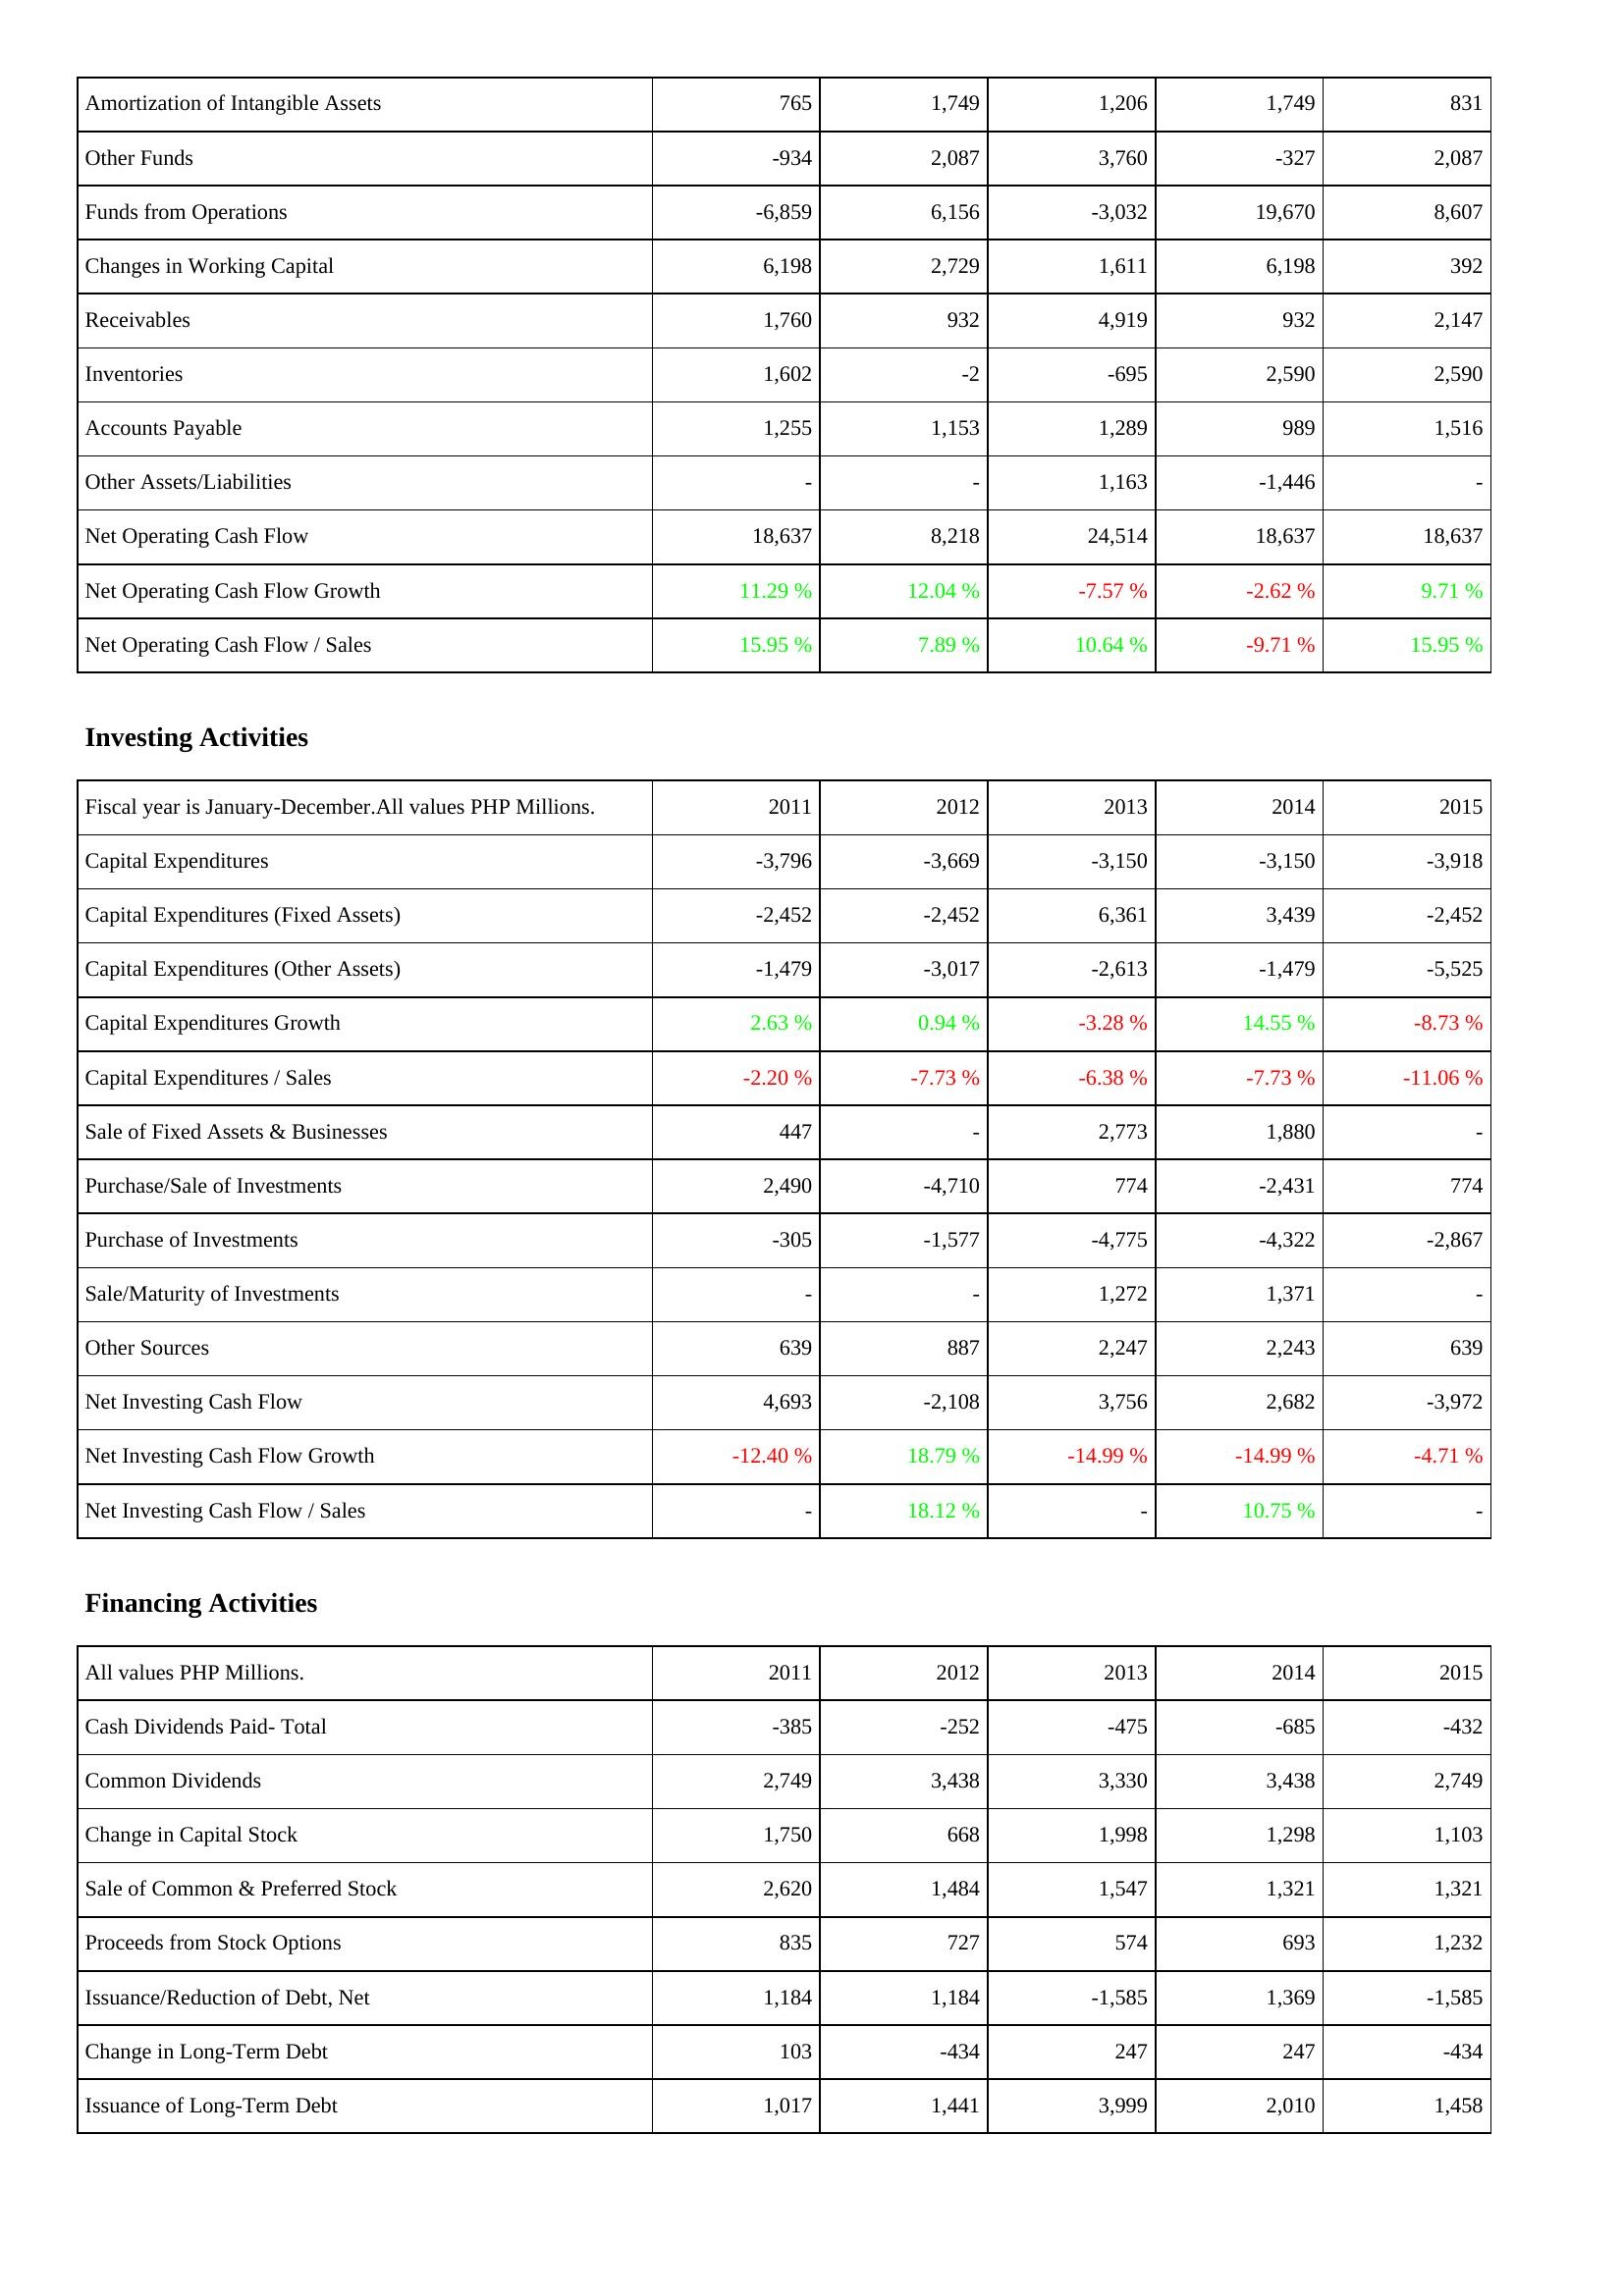
2011: Operating Activities: Amortization of Intangible Assets: 765
Other Funds: -934
Funds from Operations: -6,859
Changes in Working Capital: 6,198
Receivables: 1,760
Inventories: 1,602
Accounts Payable: 1,255
Other Assets/Liabilities: -
Net Operating Cash Flow: 18,637
Net Operating Cash Flow Growth: 11.29 %
Net Operating Cash Flow / Sales: 15.95 %
Investing Activities: Capital Expenditures: -3,796
Capital Expenditures (Fixed Assets): -2,452
Capital Expenditures (Other Assets): -1,479
Capital Expenditures Growth: 2.63 %
Capital Expenditures / Sales: -2.20 %
Sale of Fixed Assets & Businesses: 447
Purchase/Sale of Investments: 2,490
Purchase of Investments: -305
Sale/Maturity of Investments: -
Other Sources: 639
Net Investing Cash Flow: 4,693
Net Investing Cash Flow Growth: -12.40 %
Net Investing Cash Flow / Sales: -
Financing Activities: Cash Dividends Paid- Total: -385
Common Dividends: 2,749
Change in Capital Stock: 1,750
Sale of Common & Preferred Stock: 2,620
Proceeds from Stock Options: 835
Issuance/Reduction of Debt, Net: 1,184
Change in Long-Term Debt: 103
Issuance of Long-Term Debt: 1,017
2012: Operating Activities: Amortization of Intangible Assets: 1,749
Other Funds: 2,087
Funds from Operations: 6,156
Changes in Working Capital: 2,729
Receivables: 932
Inventories: -2
Accounts Payable: 1,153
Other Assets/Liabilities: -
Net Operating Cash Flow: 8,218
Net Operating Cash Flow Growth: 12.04 %
Net Operating Cash Flow / Sales: 7.89 %
Investing Activities: Capital Expenditures: -3,669
Capital Expenditures (Fixed Assets): -2,452
Capital Expenditures (Other Assets): -3,017
Capital Expenditures Growth: 0.94 %
Capital Expenditures / Sales: -7.73 %
Sale of Fixed Assets & Businesses: -
Purchase/Sale of Investments: -4,710
Purchase of Investments: -1,577
Sale/Maturity of Investments: -
Other Sources: 887
Net Investing Cash Flow: -2,108
Net Investing Cash Flow Growth: 18.79 %
Net Investing Cash Flow / Sales: 18.12 %
Financing Activities: Cash Dividends Paid- Total: -252
Common Dividends: 3,438
Change in Capital Stock: 668
Sale of Common & Preferred Stock: 1,484
Proceeds from Stock Options: 727
Issuance/Reduction of Debt, Net: 1,184
Change in Long-Term Debt: -434
Issuance of Long-Term Debt: 1,441
2013: Operating Activities: Amortization of Intangible Assets: 1,206
Other Funds: 3,760
Funds from Operations: -3,032
Changes in Working Capital: 1,611
Receivables: 4,919
Inventories: -695
Accounts Payable: 1,289
Other Assets/Liabilities: 1,163
Net Operating Cash Flow: 24,514
Net Operating Cash Flow Growth: -7.57 %
Net Operating Cash Flow / Sales: 10.64 %
Investing Activities: Capital Expenditures: -3,150
Capital Expenditures (Fixed Assets): 6,361
Capital Expenditures (Other Assets): -2,613
Capital Expenditures Growth: -3.28 %
Capital Expenditures / Sales: -6.38 %
Sale of Fixed Assets & Businesses: 2,773
Purchase/Sale of Investments: 774
Purchase of Investments: -4,775
Sale/Maturity of Investments: 1,272
Other Sources: 2,247
Net Investing Cash Flow: 3,756
Net Investing Cash Flow Growth: -14.99 %
Net Investing Cash Flow / Sales: -
Financing Activities: Cash Dividends Paid- Total: -475
Common Dividends: 3,330
Change in Capital Stock: 1,998
Sale of Common & Preferred Stock: 1,547
Proceeds from Stock Options: 574
Issuance/Reduction of Debt, Net: -1,585
Change in Long-Term Debt: 247
Issuance of Long-Term Debt: 3,999
2014: Operating Activities: Amortization of Intangible Assets: 1,749
Other Funds: -327
Funds from Operations: 19,670
Changes in Working Capital: 6,198
Receivables: 932
Inventories: 2,590
Accounts Payable: 989
Other Assets/Liabilities: -1,446
Net Operating Cash Flow: 18,637
Net Operating Cash Flow Growth: -2.62 %
Net Operating Cash Flow / Sales: -9.71 %
Investing Activities: Capital Expenditures: -3,150
Capital Expenditures (Fixed Assets): 3,439
Capital Expenditures (Other Assets): -1,479
Capital Expenditures Growth: 14.55 %
Capital Expenditures / Sales: -7.73 %
Sale of Fixed Assets & Businesses: 1,880
Purchase/Sale of Investments: -2,431
Purchase of Investments: -4,322
Sale/Maturity of Investments: 1,371
Other Sources: 2,243
Net Investing Cash Flow: 2,682
Net Investing Cash Flow Growth: -14.99 %
Net Investing Cash Flow / Sales: 10.75 %
Financing Activities: Cash Dividends Paid- Total: -685
Common Dividends: 3,438
Change in Capital Stock: 1,298
Sale of Common & Preferred Stock: 1,321
Proceeds from Stock Options: 693
Issuance/Reduction of Debt, Net: 1,369
Change in Long-Term Debt: 247
Issuance of Long-Term Debt: 2,010
2015: Operating Activities: Amortization of Intangible Assets: 831
Other Funds: 2,087
Funds from Operations: 8,607
Changes in Working Capital: 392
Receivables: 2,147
Inventories: 2,590
Accounts Payable: 1,516
Other Assets/Liabilities: -
Net Operating Cash Flow: 18,637
Net Operating Cash Flow Growth: 9.71 %
Net Operating Cash Flow / Sales: 15.95 %
Investing Activities: Capital Expenditures: -3,918
Capital Expenditures (Fixed Assets): -2,452
Capital Expenditures (Other Assets): -5,525
Capital Expenditures Growth: -8.73 %
Capital Expenditures / Sales: -11.06 %
Sale of Fixed Assets & Businesses: -
Purchase/Sale of Investments: 774
Purchase of Investments: -2,867
Sale/Maturity of Investments: -
Other Sources: 639
Net Investing Cash Flow: -3,972
Net Investing Cash Flow Growth: -4.71 %
Net Investing Cash Flow / Sales: -
Financing Activities: Cash Dividends Paid- Total: -432
Common Dividends: 2,749
Change in Capital Stock: 1,103
Sale of Common & Preferred Stock: 1,321
Proceeds from Stock Options: 1,232
Issuance/Reduction of Debt, Net: -1,585
Change in Long-Term Debt: -434
Issuance of Long-Term Debt: 1,458